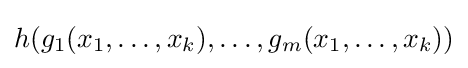
h(g_{1}(x_{1},\ldots ,x_{k}),\ldots ,g_{m}(x_{1},\ldots ,x_{k}))